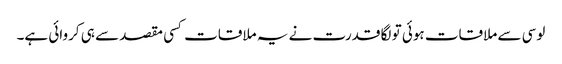
لوسی سے ملاقات ہوئی تو لگا قدرت نے یہ ملاقات کسی مقصد سے ہی کروائی ہے۔